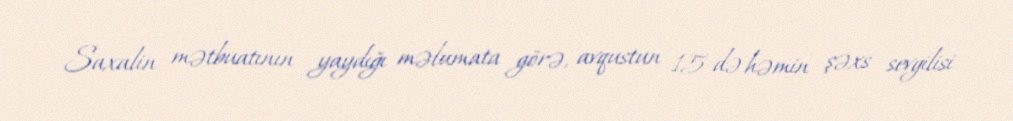
Saxalin mətbuatının yaydığı məlumata görə, avqustun 15-də həmin şəxs sevgilisi